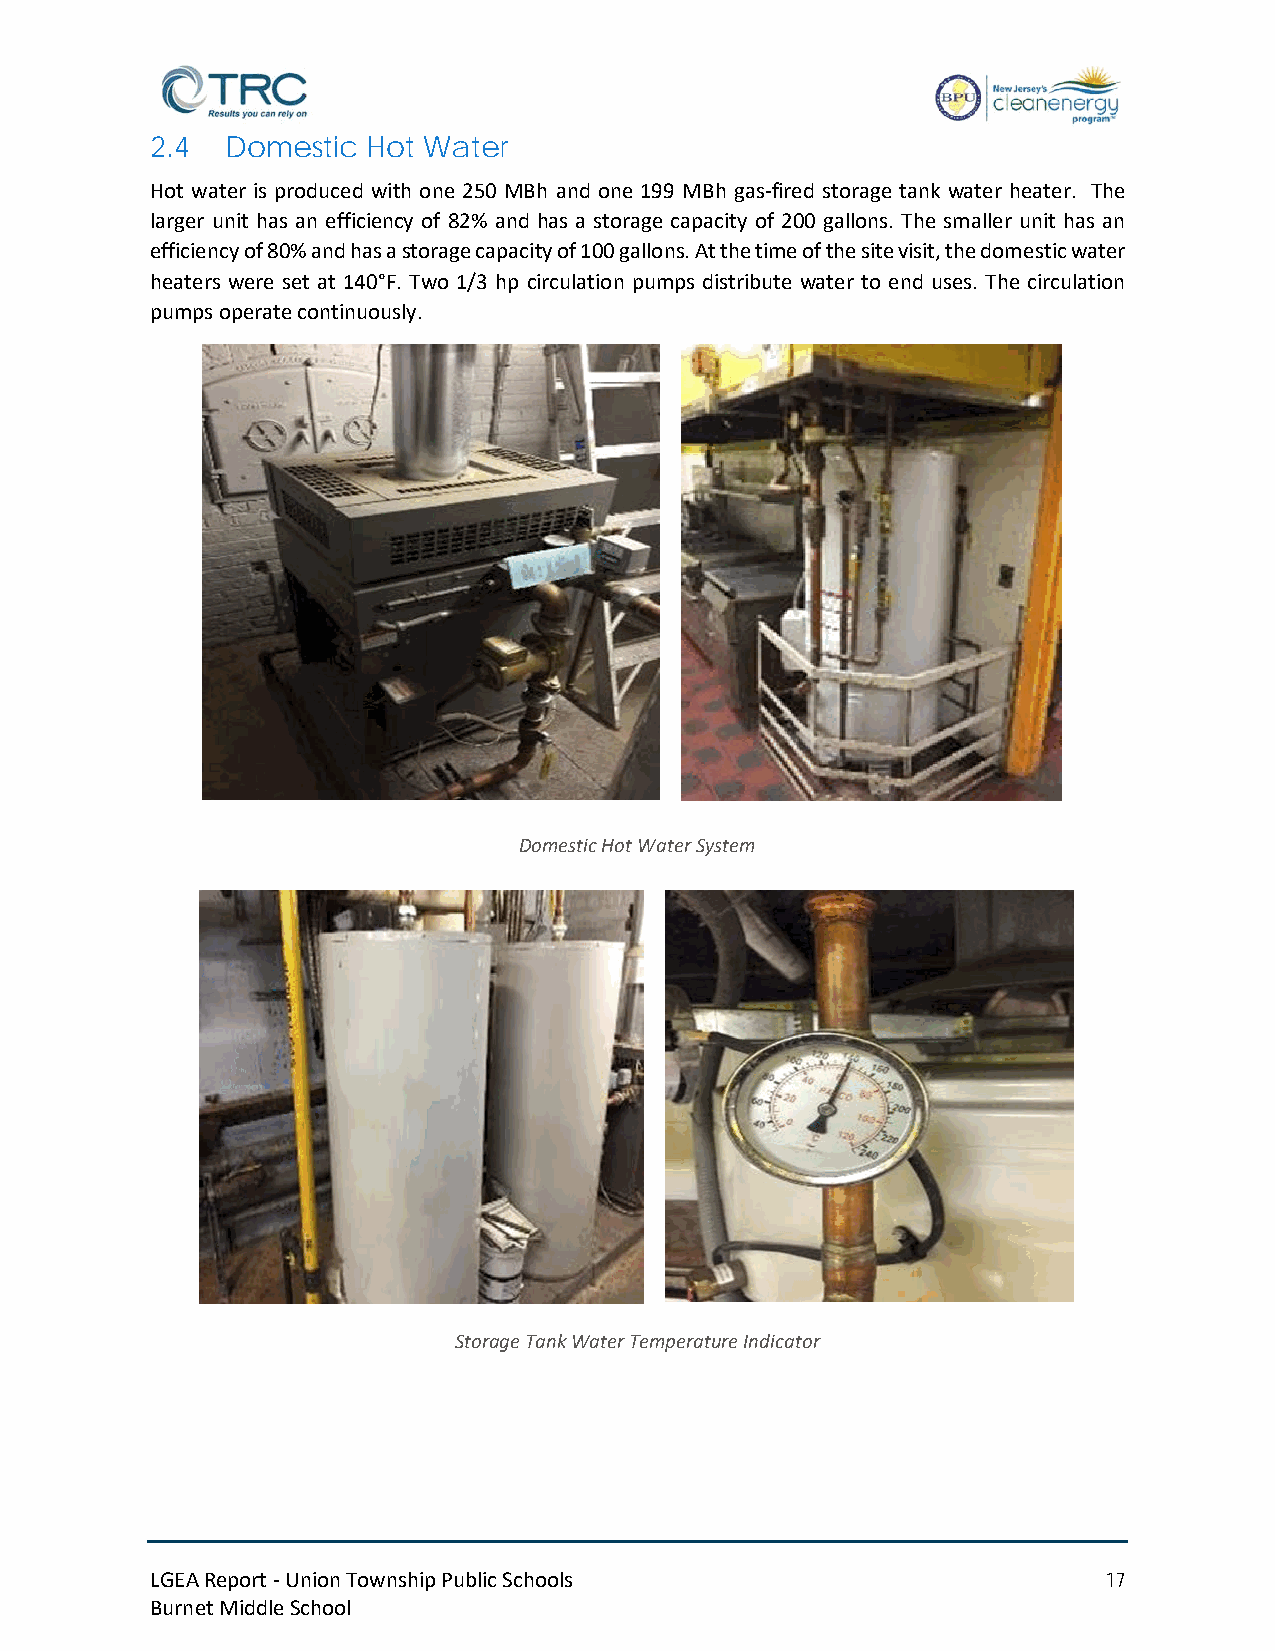
2.4  Domestic Hot Water
 Hot water is produced with one 250 MBh and one 199 MBh gas-fired storage tank water heater. The
 larger unit has an efficiency of 82% and has a storage capacity of 200 gallons. The smaller unit has an
 efficiency of 80% and has a storage capacity of 100 gallons. At the time of the site visit, the domestic water
 heaters were set at 140°F. Two 1/3 hp circulation pumps distribute water to end uses. The circulation
 pumps operate continuously.
 Domestic Hot Water System
 Storage Tank Water Temperature Indicator
 LGEA Report - Union Township Public Schools                    17
 Burnet Middle School